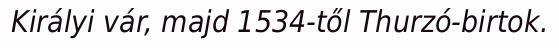
Királyi vár, majd 1534-től Thurzó-birtok.